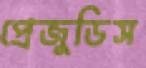
প্রেজুডিস